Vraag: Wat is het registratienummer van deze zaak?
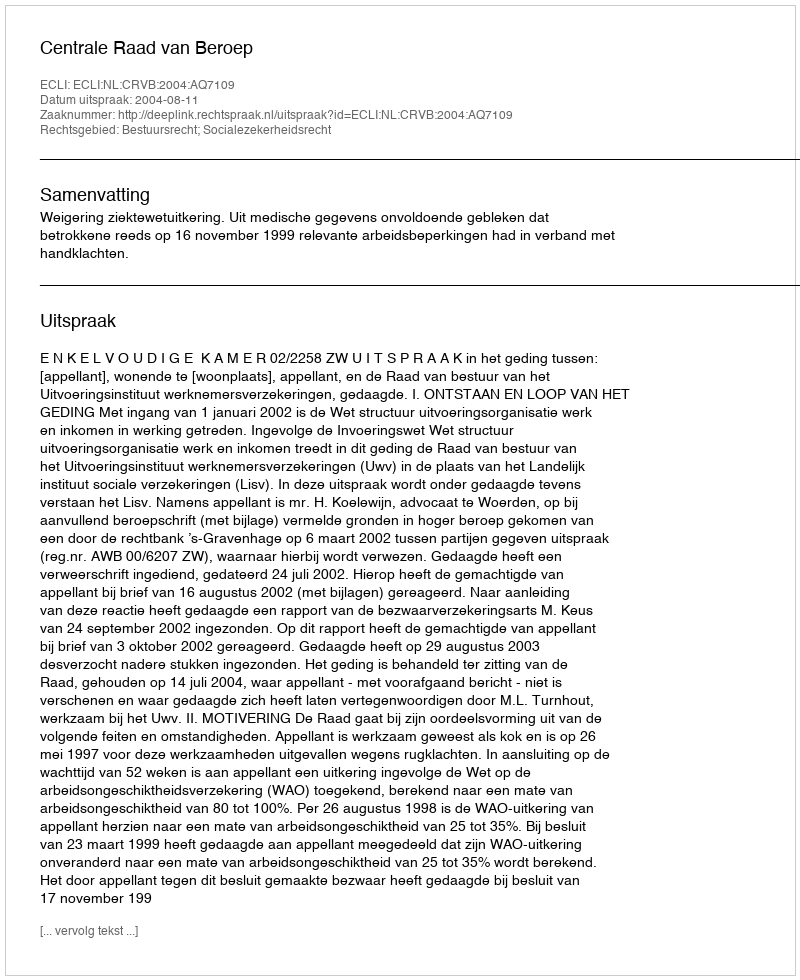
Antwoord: http://deeplink.rechtspraak.nl/uitspraak?id=ECLI:NL:CRVB:2004:AQ7109